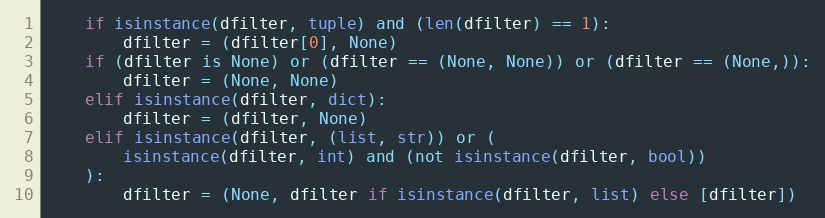
Language: Python
    if isinstance(dfilter, tuple) and (len(dfilter) == 1):
        dfilter = (dfilter[0], None)
    if (dfilter is None) or (dfilter == (None, None)) or (dfilter == (None,)):
        dfilter = (None, None)
    elif isinstance(dfilter, dict):
        dfilter = (dfilter, None)
    elif isinstance(dfilter, (list, str)) or (
        isinstance(dfilter, int) and (not isinstance(dfilter, bool))
    ):
        dfilter = (None, dfilter if isinstance(dfilter, list) else [dfilter])